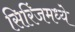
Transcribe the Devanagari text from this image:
सिरिंजमध्ये